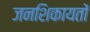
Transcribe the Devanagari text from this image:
जनशिकायतों